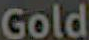
Gold